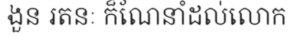
ងួន រតនៈ ក៏ណែនាំដល់លោក